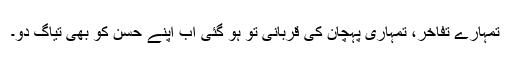
تمہارے تفاخر، تمہاری پہچان کی قربانی تو ہو گئی اب اپنے حسن کو بھی تیاگ دو۔